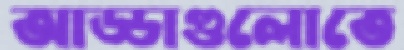
আড্ডাগুলোতে